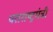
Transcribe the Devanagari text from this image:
पराराष्ट्रमंत्री